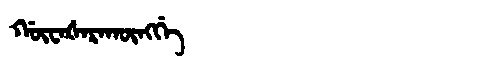
Manchu: ᡤᡡᠸᠠᡧᠠᡵᠠᡴᡡᠩᡤᡝ
Romanization: GŪWAŠARAKŪNGGE